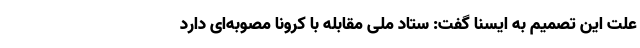
علت این تصمیم به ایسنا گفت: ستاد ملی مقابله با کرونا مصوبه‌ای دارد